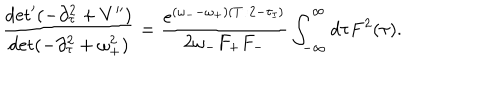
LaTeX: \frac { \det ^ { \prime } ( - \partial _ { \tau } ^ { 2 } + V ^ { \prime \prime } ) } { \det ( - \partial _ { \tau } ^ { 2 } + \omega _ { + } ^ { 2 } ) } = \frac { e ^ { ( \omega _ { - } - \omega _ { + } ) ( T / 2 - \tau _ { I } ) } } { 2 \omega _ { - } F _ { + } F _ { - } } \int _ { - \infty } ^ { \infty } d \tau F ^ { 2 } ( \tau ) .